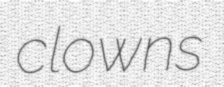
clowns